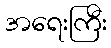
အရေးကြီး